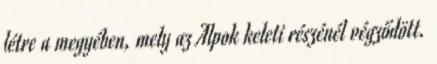
létre a megyében, mely az Alpok keleti részénél végződött.